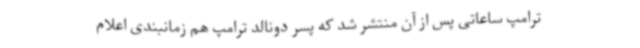
ترامپ ساعاتی پس از آن منتشر شد که پسر دونالد ترامپ هم زمانبندی اعلام